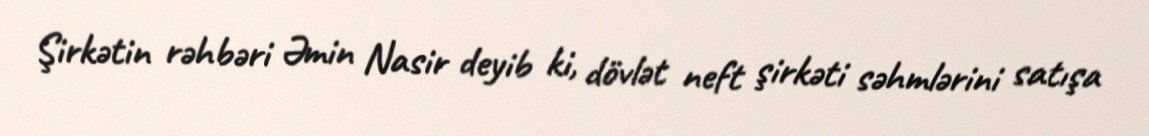
Şirkətin rəhbəri Əmin Nasir deyib ki, dövlət neft şirkəti səhmlərini satışa